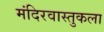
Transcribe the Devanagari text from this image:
मंदिरवास्तुकला